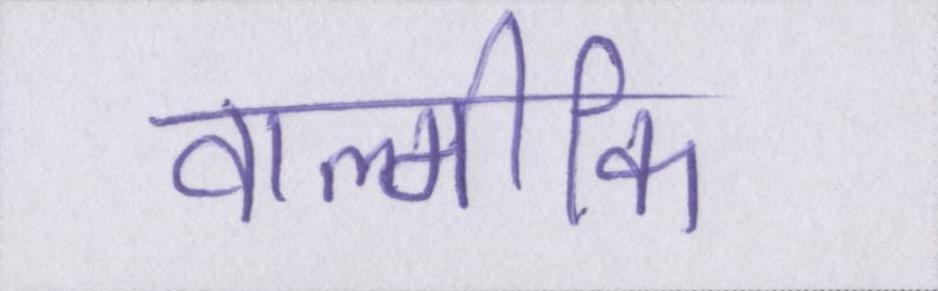
वाल्मीकि